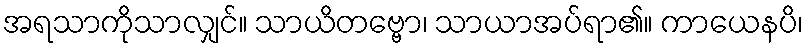
အရသာကိုသာလျှင်။ သာယိတဗ္ဗော၊ သာယာအပ်ရာ၏။ ကာယေနပိ၊